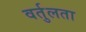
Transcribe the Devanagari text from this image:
वर्तुलता